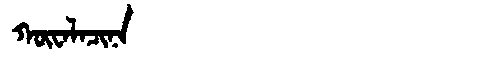
Manchu: ᡴᡡᠸᠠᠯᠠᠴᡳᠨᠠ
Romanization: KŪWALACINA